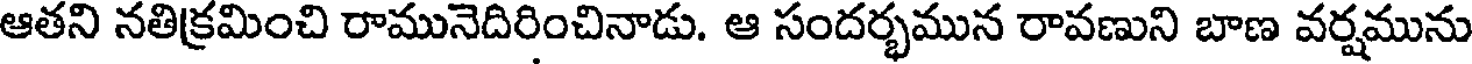
ఆతని నతిక్రమించి రామునెదిరించినాడు. ఆ సందర్భమున రావణుని బాణ వర్షమును